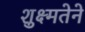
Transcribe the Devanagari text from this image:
शुक्ष्मतेने